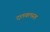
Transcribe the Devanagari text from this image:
दलबलसह